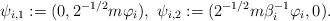
LaTeX: \begin{align*}\psi_{i,1}:= (0, 2^{-1/2}m\varphi_i),\ \psi_{i,2}:= (2^{-1/2}m\beta_i^{-1}\varphi_i ,0).\end{align*}